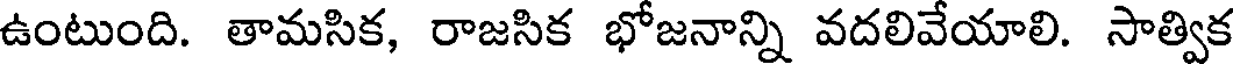
ఉంటుంది. తామసిక, రాజసిక భోజనాన్ని వదలివేయాలి. సాత్విక